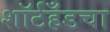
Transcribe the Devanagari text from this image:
शॉर्टहँडचा